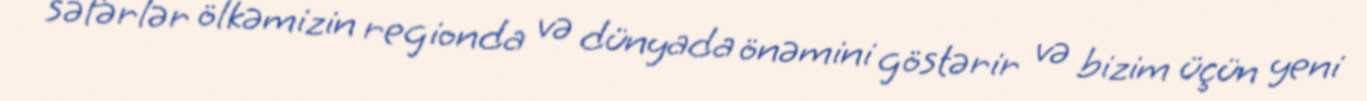
səfərlər ölkəmizin regionda və dünyada önəmini göstərir və bizim üçün yeni